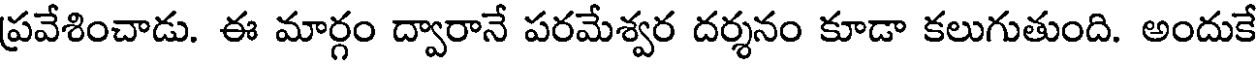
ప్రవేశించాడు. ఈ మార్గం ద్వారానే పరమేశ్వర దర్శనం కూడా కలుగుతుంది. అందుకే